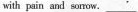
with pain and sonow. ___